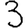
Digit: 3